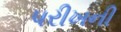
પરીખની